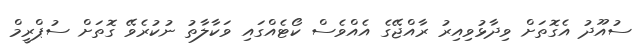
ސުއޫދު އެގޮތަށް ވިދާޅުވިއިރު ރާއްޖޭގެ އެއްވެސް ކޯޓެއްގައި ވަކާލާތު ނުކުރެވޭ ގޮތަށް ސުޕްރީމް